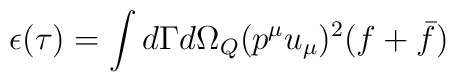
\epsilon(\tau)=\int d\Gamma d {\Omega}_Q (p^\mu u_\mu)^2 (f+\bar{f})